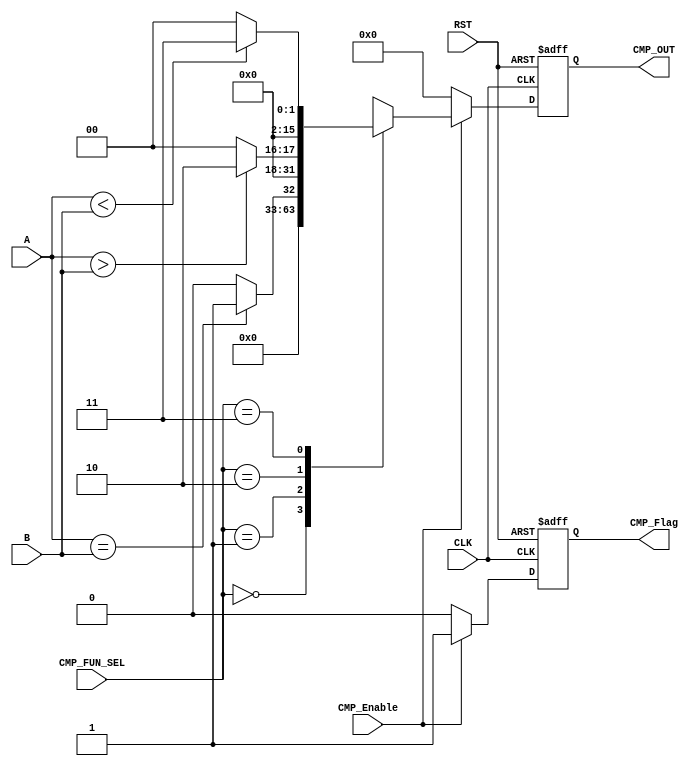
module CMP_UNIT #(parameter IN_DATA_WIDTH = 16, OUT_DATA_WIDTH = 16) 
(
    input wire [IN_DATA_WIDTH-1:0]  A,
    input wire [IN_DATA_WIDTH-1:0]  B,
    input wire                      CLK,
    input wire                      RST,
    input wire                      CMP_Enable,
    input wire [1:0]                CMP_FUN_SEL,
    output reg [OUT_DATA_WIDTH-1:0] CMP_OUT,
    output reg                      CMP_Flag
);

    // internal signals declaration
    reg [OUT_DATA_WIDTH-1:0] CMP_OUT_comb;
    wire CMP_Flag_comb;
    // comb always block for CMP operation
    always @(*) begin
        CMP_OUT_comb = 'b0;
        if (CMP_Enable) begin
            case (CMP_FUN_SEL)
                2'b00 :
                begin
                    CMP_OUT_comb = 'b0;
                end 
                2'b01 :
                begin
                    CMP_OUT_comb = (A == B) ? 'b1 : 'b0;
                end
                2'b10 :
                begin
                    CMP_OUT_comb = (A > B) ? 'b10 : 'b0;
                end
                2'b11 :
                begin
                    CMP_OUT_comb = (A < B) ? 'b11 : 'b0;
                end
                default: 
                begin
                    CMP_OUT_comb = 'b0;
                end
            endcase
        end
        else begin
           CMP_OUT_comb = 'b0; 
        end
    end
    // comb CMP flag
    assign CMP_Flag_comb = (CMP_Enable) ? 1'b1 : 1'b0;
    // sequntial always block for output
    always @(posedge CLK or negedge RST) begin
        if (~RST) begin
            CMP_OUT <= 'b0;
            CMP_Flag <= 1'b0;
        end
        else begin
            CMP_OUT <= CMP_OUT_comb;
            CMP_Flag <= CMP_Flag_comb;
        end
    end
endmodule